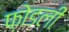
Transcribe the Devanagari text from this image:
फ़ोडली